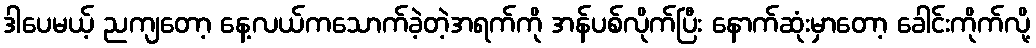
ဒါပေမယ့် ညကျတော့ နေ့လယ်ကသောက်ခဲ့တဲ့အရက်ကို အန်ပစ်လိုက်ပြီး နောက်ဆုံးမှာတော့ ခေါင်းကိုက်လို့